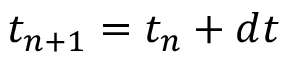
t _ { n + 1 } = t _ { n } + d t